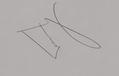
Signature authenticity: genuine